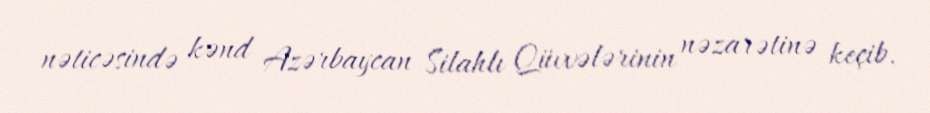
nəticəsində kənd Azərbaycan Silahlı Qüvvələrinin nəzarətinə keçib.